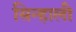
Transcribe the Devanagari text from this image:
सिन्हाली